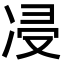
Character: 㓎